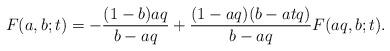
LaTeX: \begin{align*}F(a,b;t) = -\frac{(1-b)aq}{b-aq} + \frac{(1-aq)(b-atq)}{b-aq}F(aq,b;t).\end{align*}